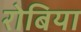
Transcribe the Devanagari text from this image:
रोबिया